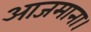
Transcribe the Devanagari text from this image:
आजमाना।